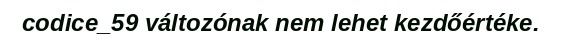
codice_59 változónak nem lehet kezdőértéke.